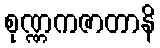
စုဏ္ဏကဇာတာနိ